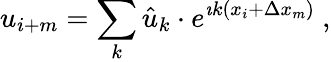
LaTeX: u_{i+m}=\sum_{k}\hat{u}_{k}\cdot e^{\imath k(x_{i}+\Delta x_{m})}\ ,